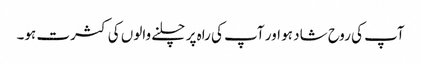
آپ کی روح شاد ہو اور آپ کی راہ پر چلنے والوں کی کثرت ہو۔